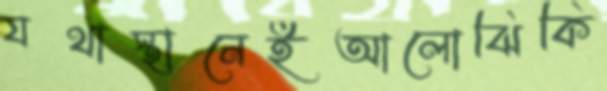
যথাস্থানেইআলোঝিকি